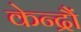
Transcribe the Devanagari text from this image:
केन्द्रौं